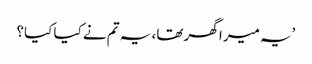
’یہ میرا گھر تھا، یہ تم نے کیا کیا؟